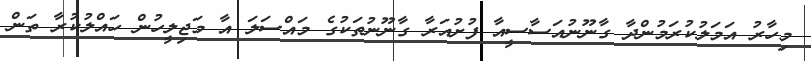
މިހާރު އަމަލުކުރަމުންދާ ގާނޫނުއަަސާސީއާ ފުށުއަރާ ގާނޫނުތަކުގެ މައްސަލަ އާ މަޖިލީހުން ހައްލުކުރާ ތަން